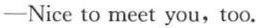
——Nice to meet you,too.